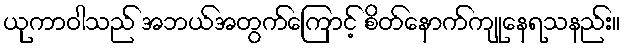
ယုကာဝါသည် အဘယ်အတွက်ကြောင့် စိတ်နောက်ကျုနေရသနည်း။